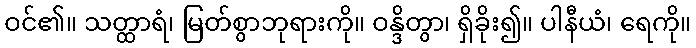
ဝင်၏။ သတ္ထာရံ၊ မြတ်စွာဘုရားကို။ ဝန္ဒိတွာ၊ ရှိခိုး၍။ ပါနီယံ၊ ရေကို။